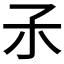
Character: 𡥀